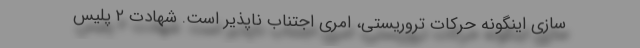
سازی اینگونه حرکات تروریستی، امری اجتناب ناپذیر است. شهادت ۲ پلیس